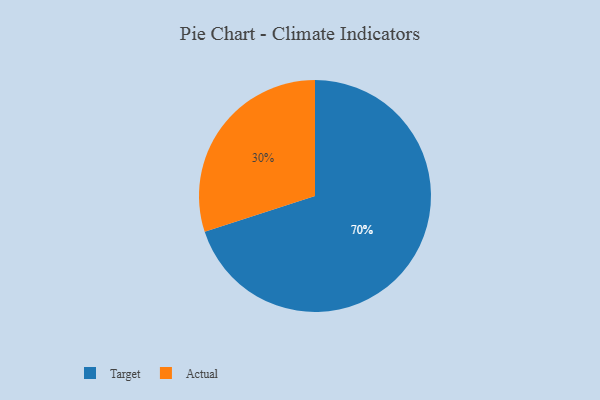
{"axis": {"x": "Category", "y": "Percentage"}, "legend": ["Actual", "Target"], "data": [{"x": "Target", "y": 70, "type": "Target"}, {"x": "Actual", "y": 30, "type": "Actual"}]}